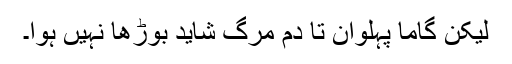
لیکن گاما پہلوان تا دم مرگ شاید بوڑھا نہیں ہوا۔